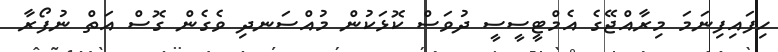
ހިފައިފިނަމަ މިރާއްޖޭގެ އެމްޓީސީސީ ދުވަސް ކޮޅަކުން މުއްސަނދި ވެގެން ގޮސް އަތް ނުފޯރާ